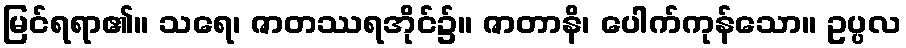
မြင်ရရာ၏။ သရေ၊ ဇာတဿရအိုင်၌။ ဇာတာနိ၊ ပေါက်ကုန်သော။ ဥပ္ပလ